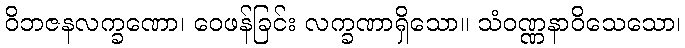
ဝိဘဇနလက္ခဏော၊ ဝေဖန်ခြင်း လက္ခဏာရှိသော။ သံဝဏ္ဏနာဝိသေသော၊